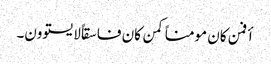
أفمن کان مومناً کمن کان فاسقاً لایستوون۔